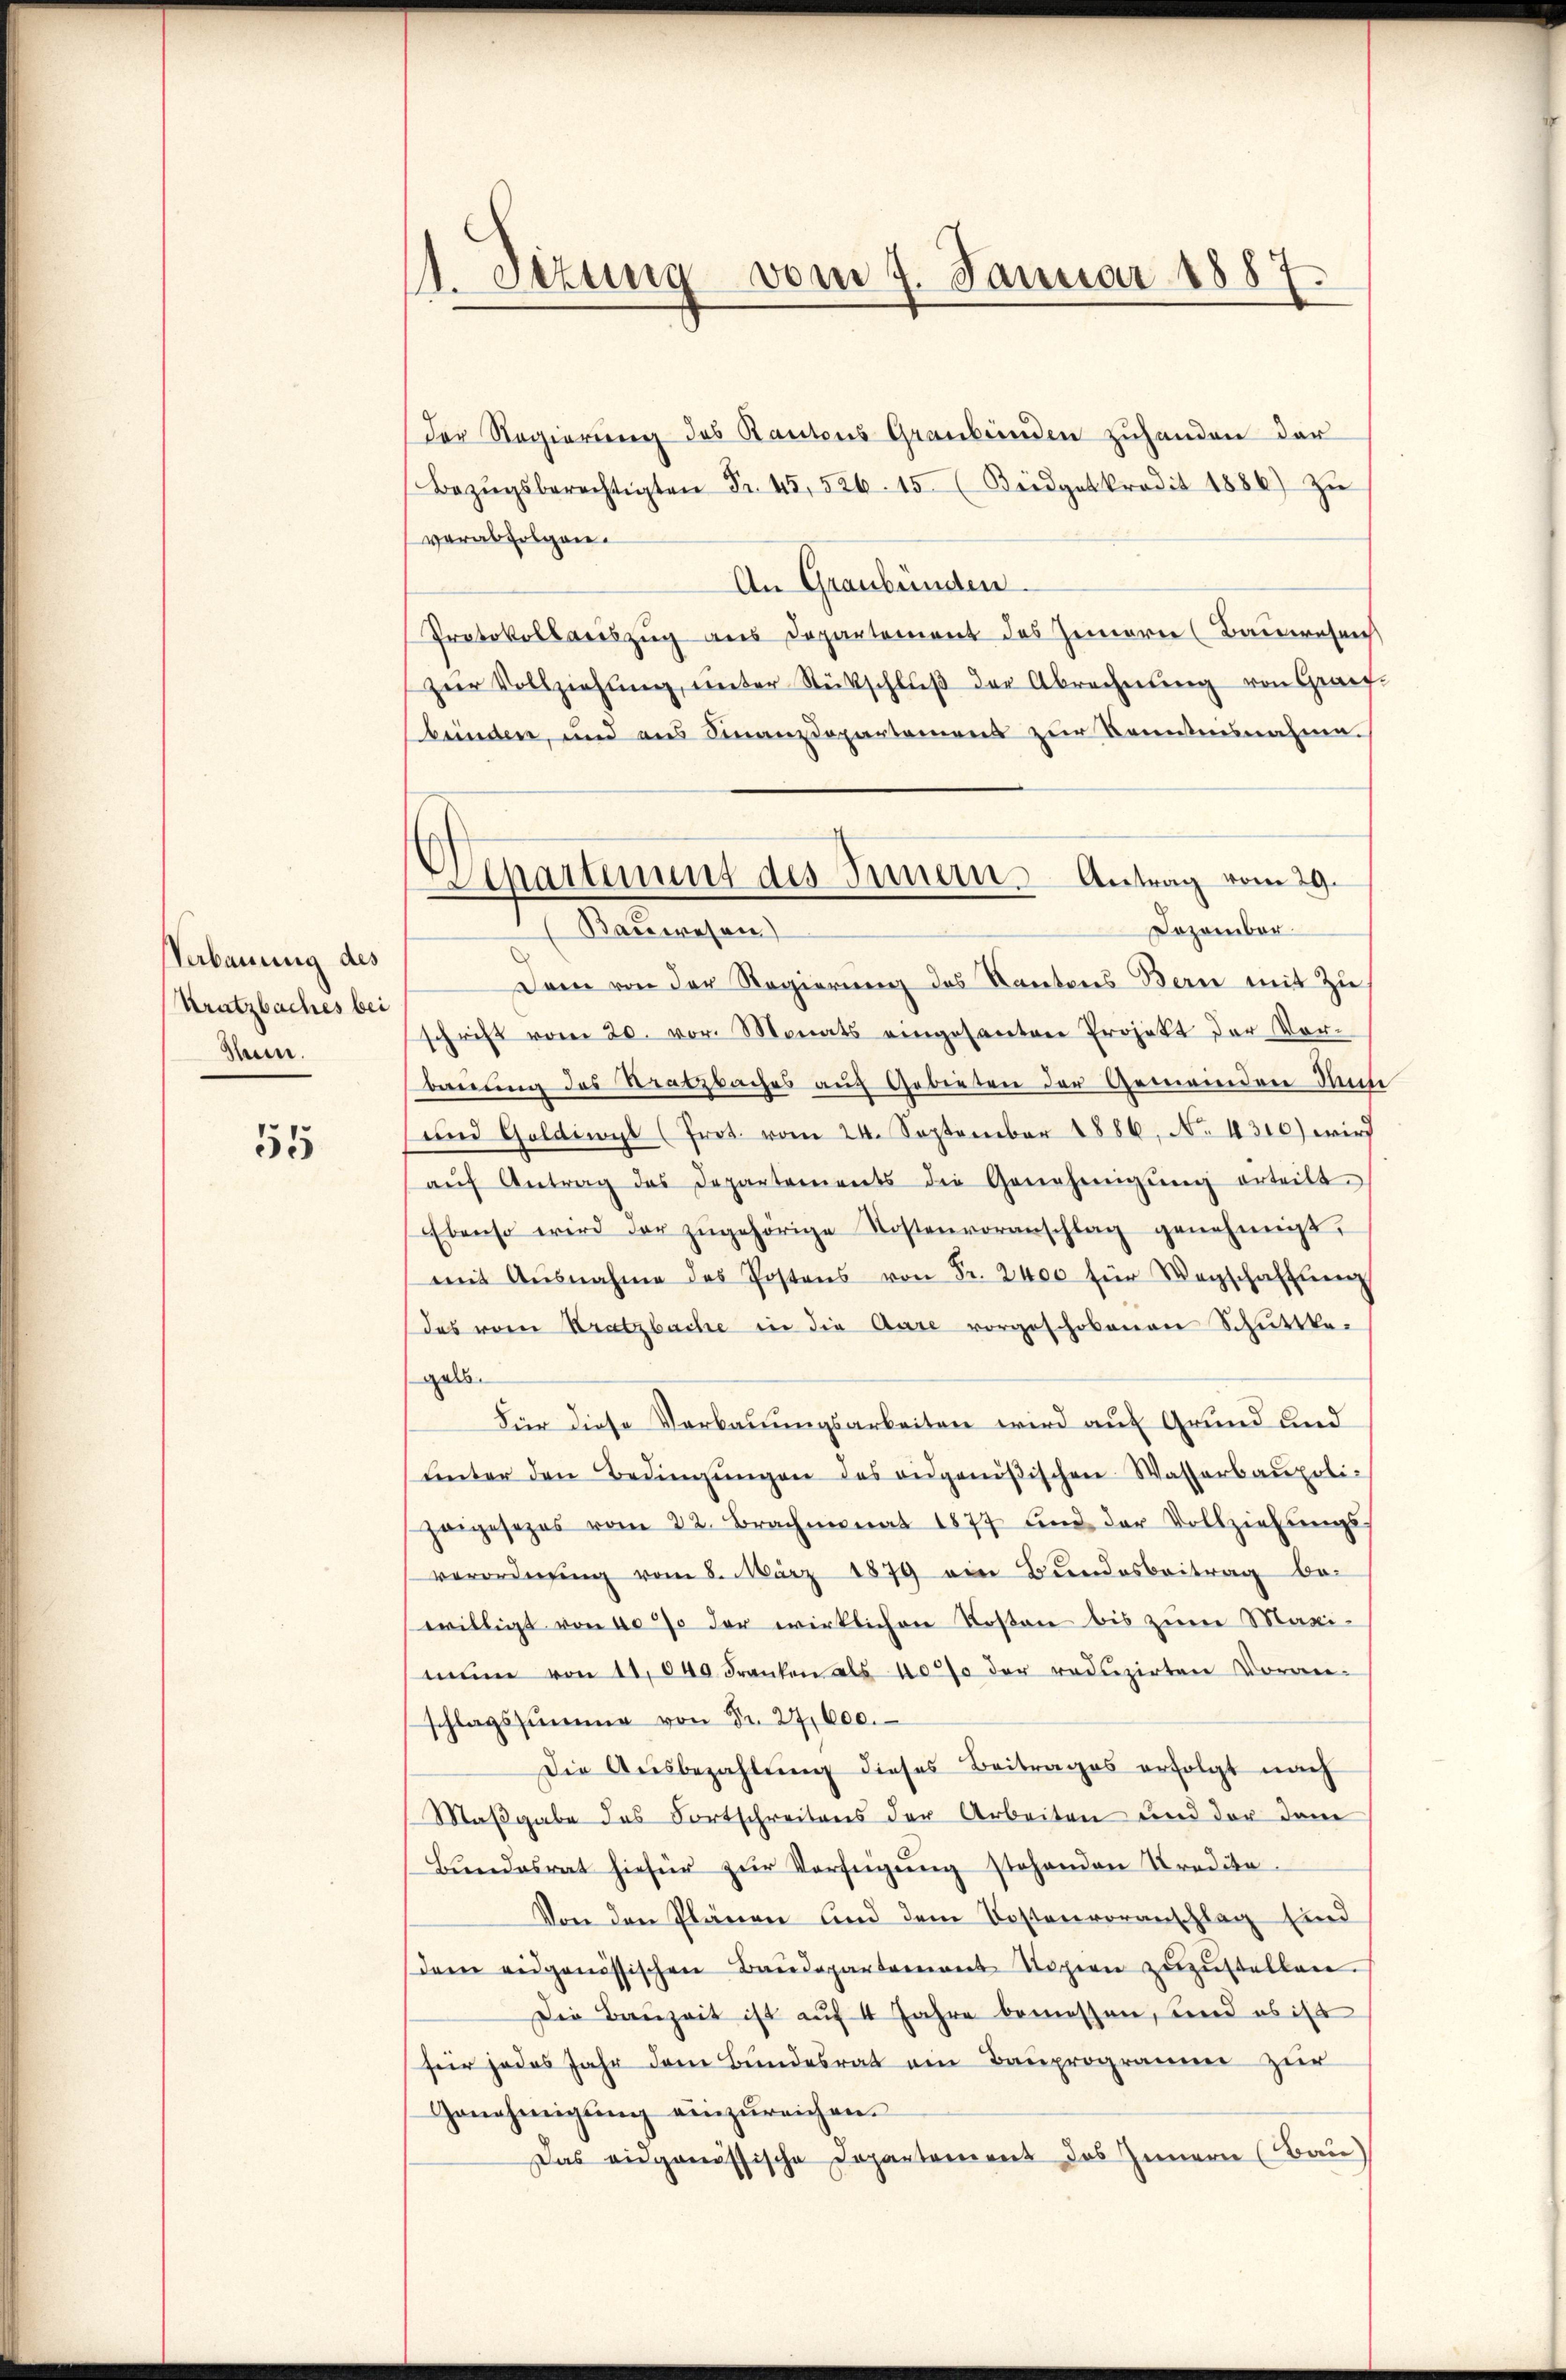
Verbauung des
Kratzbaches bei
Hein.

55

11. Setzung vom 7. Januar 1887.

Der Regierung des Kantons Graubünden zuhanden der
Bezŭgsberechtigten Fr. 45526. 15 (Bridgetkredit 1886) zŭ
verabfolgen.
An Graubünden.
Protokollweiszug aus Departement des Innern (Bauwesen
zier Vollziehŭng ŭnter Rückschlŭβ der Abrechnŭng von Graf
bünden, und aus Finanzdepartamens zur Kenntnisnahme.
Dann von der Regierung des Kantons Bern mit Zu
schrift vom 20. vor. Monats eingesanten Projekt der Vor-
bauung des Stratzbaches auf Gebieten der Gemeinden Um
und Goldiwyl (Prot. vom 24. September 1886, No 4310) wird
aŭf Antrag des Departements die Genehmigŭng erteilt.
Ebenso wird der zŭgehörige Kostenvoranschlag genehmigt.
mit Ausnahme des Postens von Fr. 2400 für Wegschaften
das vom Kratzbache in die Aare vorgeschobenen Schuttke-
gelb.
Für diese Verbauungsarbeiten wird auf Grund und
ŭnter den Bedingŭngen des eidgenößischen Wasserbaupoli-
zaigesezes vom 22. Brachmonat 1877 und der Vollziehŭngs-
verordnung vom 5. März 1879 ein Bundesbeitrag bewilligt von 10 % der wirklichen Kosten bis zum Maxi-
men von 11,040 Franken als 40% der reduzirten Voran-
schlagssumme von Fr. 27,600.
Die Aŭsbezahlŭng dieses Beitrages erfolgt nach
Maßgabe des Fortschreitens der Arbeiten und der dam
Bŭndesrat hiefür zŭr Verfügŭng stehenden Tradika
Von den Plänen und dem Kostenvoranschlag sind
dem eidgenössischen Baŭdepartement Logien zŭzŭstellen.
Die Bauzeit ist auf 4 Jahre bemessen, und es ist
für jedes Jahr dem Bundesrat am Bauprogramme zur
Genehmigŭng einzŭreichen.
Das eidgenössische Departement des Innern (Bau)

Apartent des Innern Antrag vom 29.
Dozombar.
Bauwesen